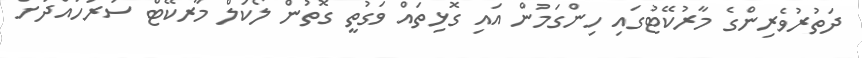
ދަތުރުވެރިންގެ މާރުކޭޓުގައި ހިންގަމުން އައި ގޮޅިތައް ވަގުތީ ގޮތުން ލޯކަލް މާރކޭޓް ސަރަހައްދަށް